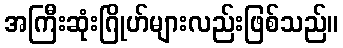
အကြီးဆုံးဂြိုဟ်များလည်းဖြစ်သည်။